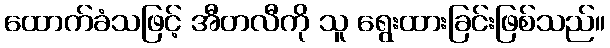
ထောက်ခံသဖြင့် အီတလီကို သူ ရွေးထားခြင်းဖြစ်သည်။